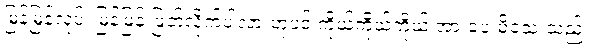
မြန်မြန်လုပ်၊ မြန်မြန် ဖြတ်လိုက်ပါလားဟုပင် ကိုယ့်ကိုယ်ကိုယ် အားပေးမိသေးသည်။